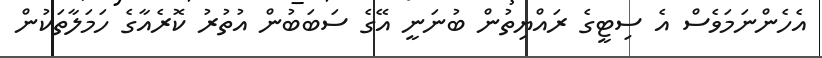
އެހެންނަމަވެސް އެ ސިޓީގެ ރައްޔިތުން ބުނަނީ އޭގެ ސަބަބުން އުތުރު ކޮރެއާގެ ހަމަލާތަކުން